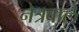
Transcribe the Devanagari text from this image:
नेत्रवाले